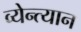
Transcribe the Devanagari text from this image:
व्येन्त्यान